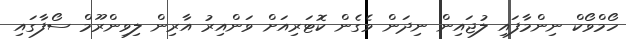
ހޯމްވޯކް ނިންމާފައި ލުޖައިން ނިދަން ވެގެން ކޮޓަރިއަށް ވަންއިރު އާރިން ލިވިންރޫމް ސޯފާގައި